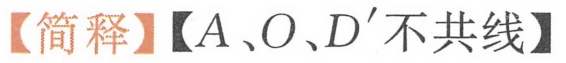
【简释】【$A、O、D'$不共线】